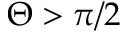
\Theta > \pi / 2